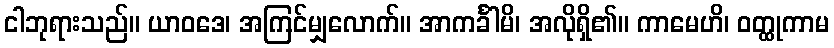
ငါဘုရားသည်။ ယာဝဒေ၊ အကြင်မျှလောက်။ အာကင်္ခါမိ၊ အလိုရှိ၏။ ကာမေဟိ၊ ဝတ္ထုကာမ